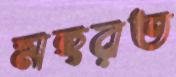
মহরত